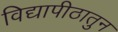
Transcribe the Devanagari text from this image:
विद्यापीठातुन